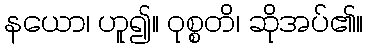
နယော၊ ဟူ၍။ ဝုစ္စတိ၊ ဆိုအပ်၏။